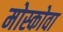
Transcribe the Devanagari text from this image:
मोस्कोवा